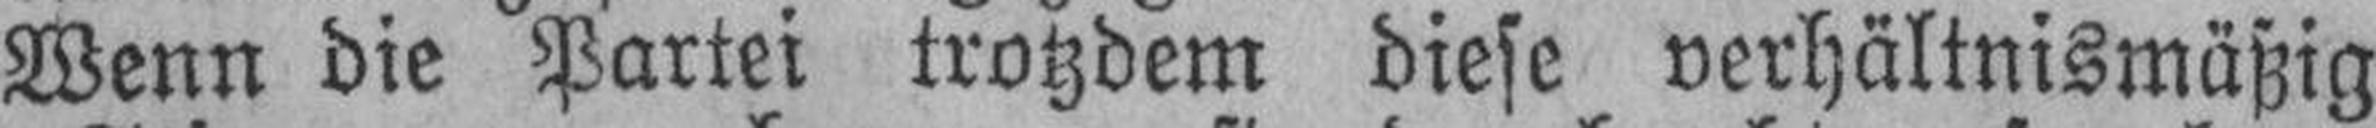
Wenn die Partei trotzdem diese verhältnismäßig